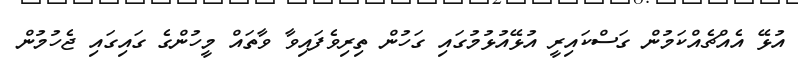
އުޅޭ އެއްޗެއްކަމުން ގަސްކައިރީ އުޅޭއުޅުމުގައި ގަހުން ތިރިވެފައިވާ ވާތައް މީހުންގެ ގައިގައި ޖެހުމުން